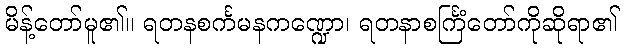
မိန့်တော်မူ၏။ ရတနစင်္ကမနကဏ္ဍော၊ ရတနာစင်္ကြံတော်ကိုဆိုရာ၏